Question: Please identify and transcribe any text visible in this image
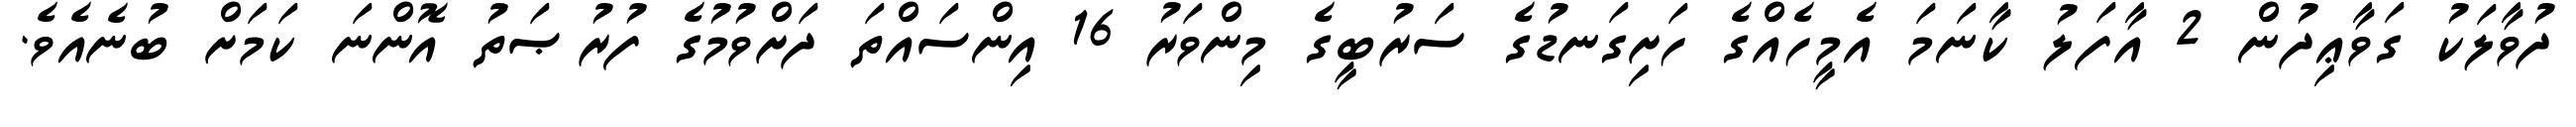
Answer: ދުވާލަކު ގަވާޢިދުން 2 އާފަލު ކާނަމަ އެމީހެއްގެ ހަށިގަނޑުގެ ސަރުބީގެ މިންވަރު 16 އިންސައްތަ ދަށްވުމުގެ ފުރުޞަތު އޮންނަ ކަމަށް ބުނެއެވެ.